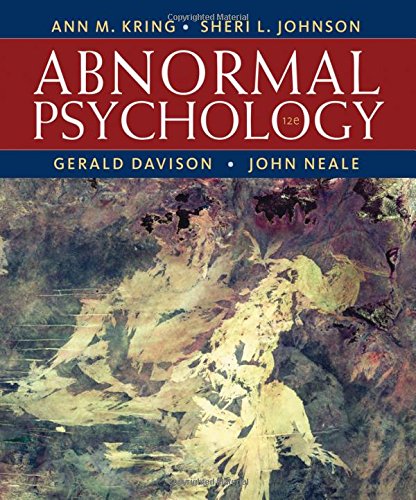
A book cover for Abnormal Psychology, 12th Edition; Ann M. Kring; Medical Books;